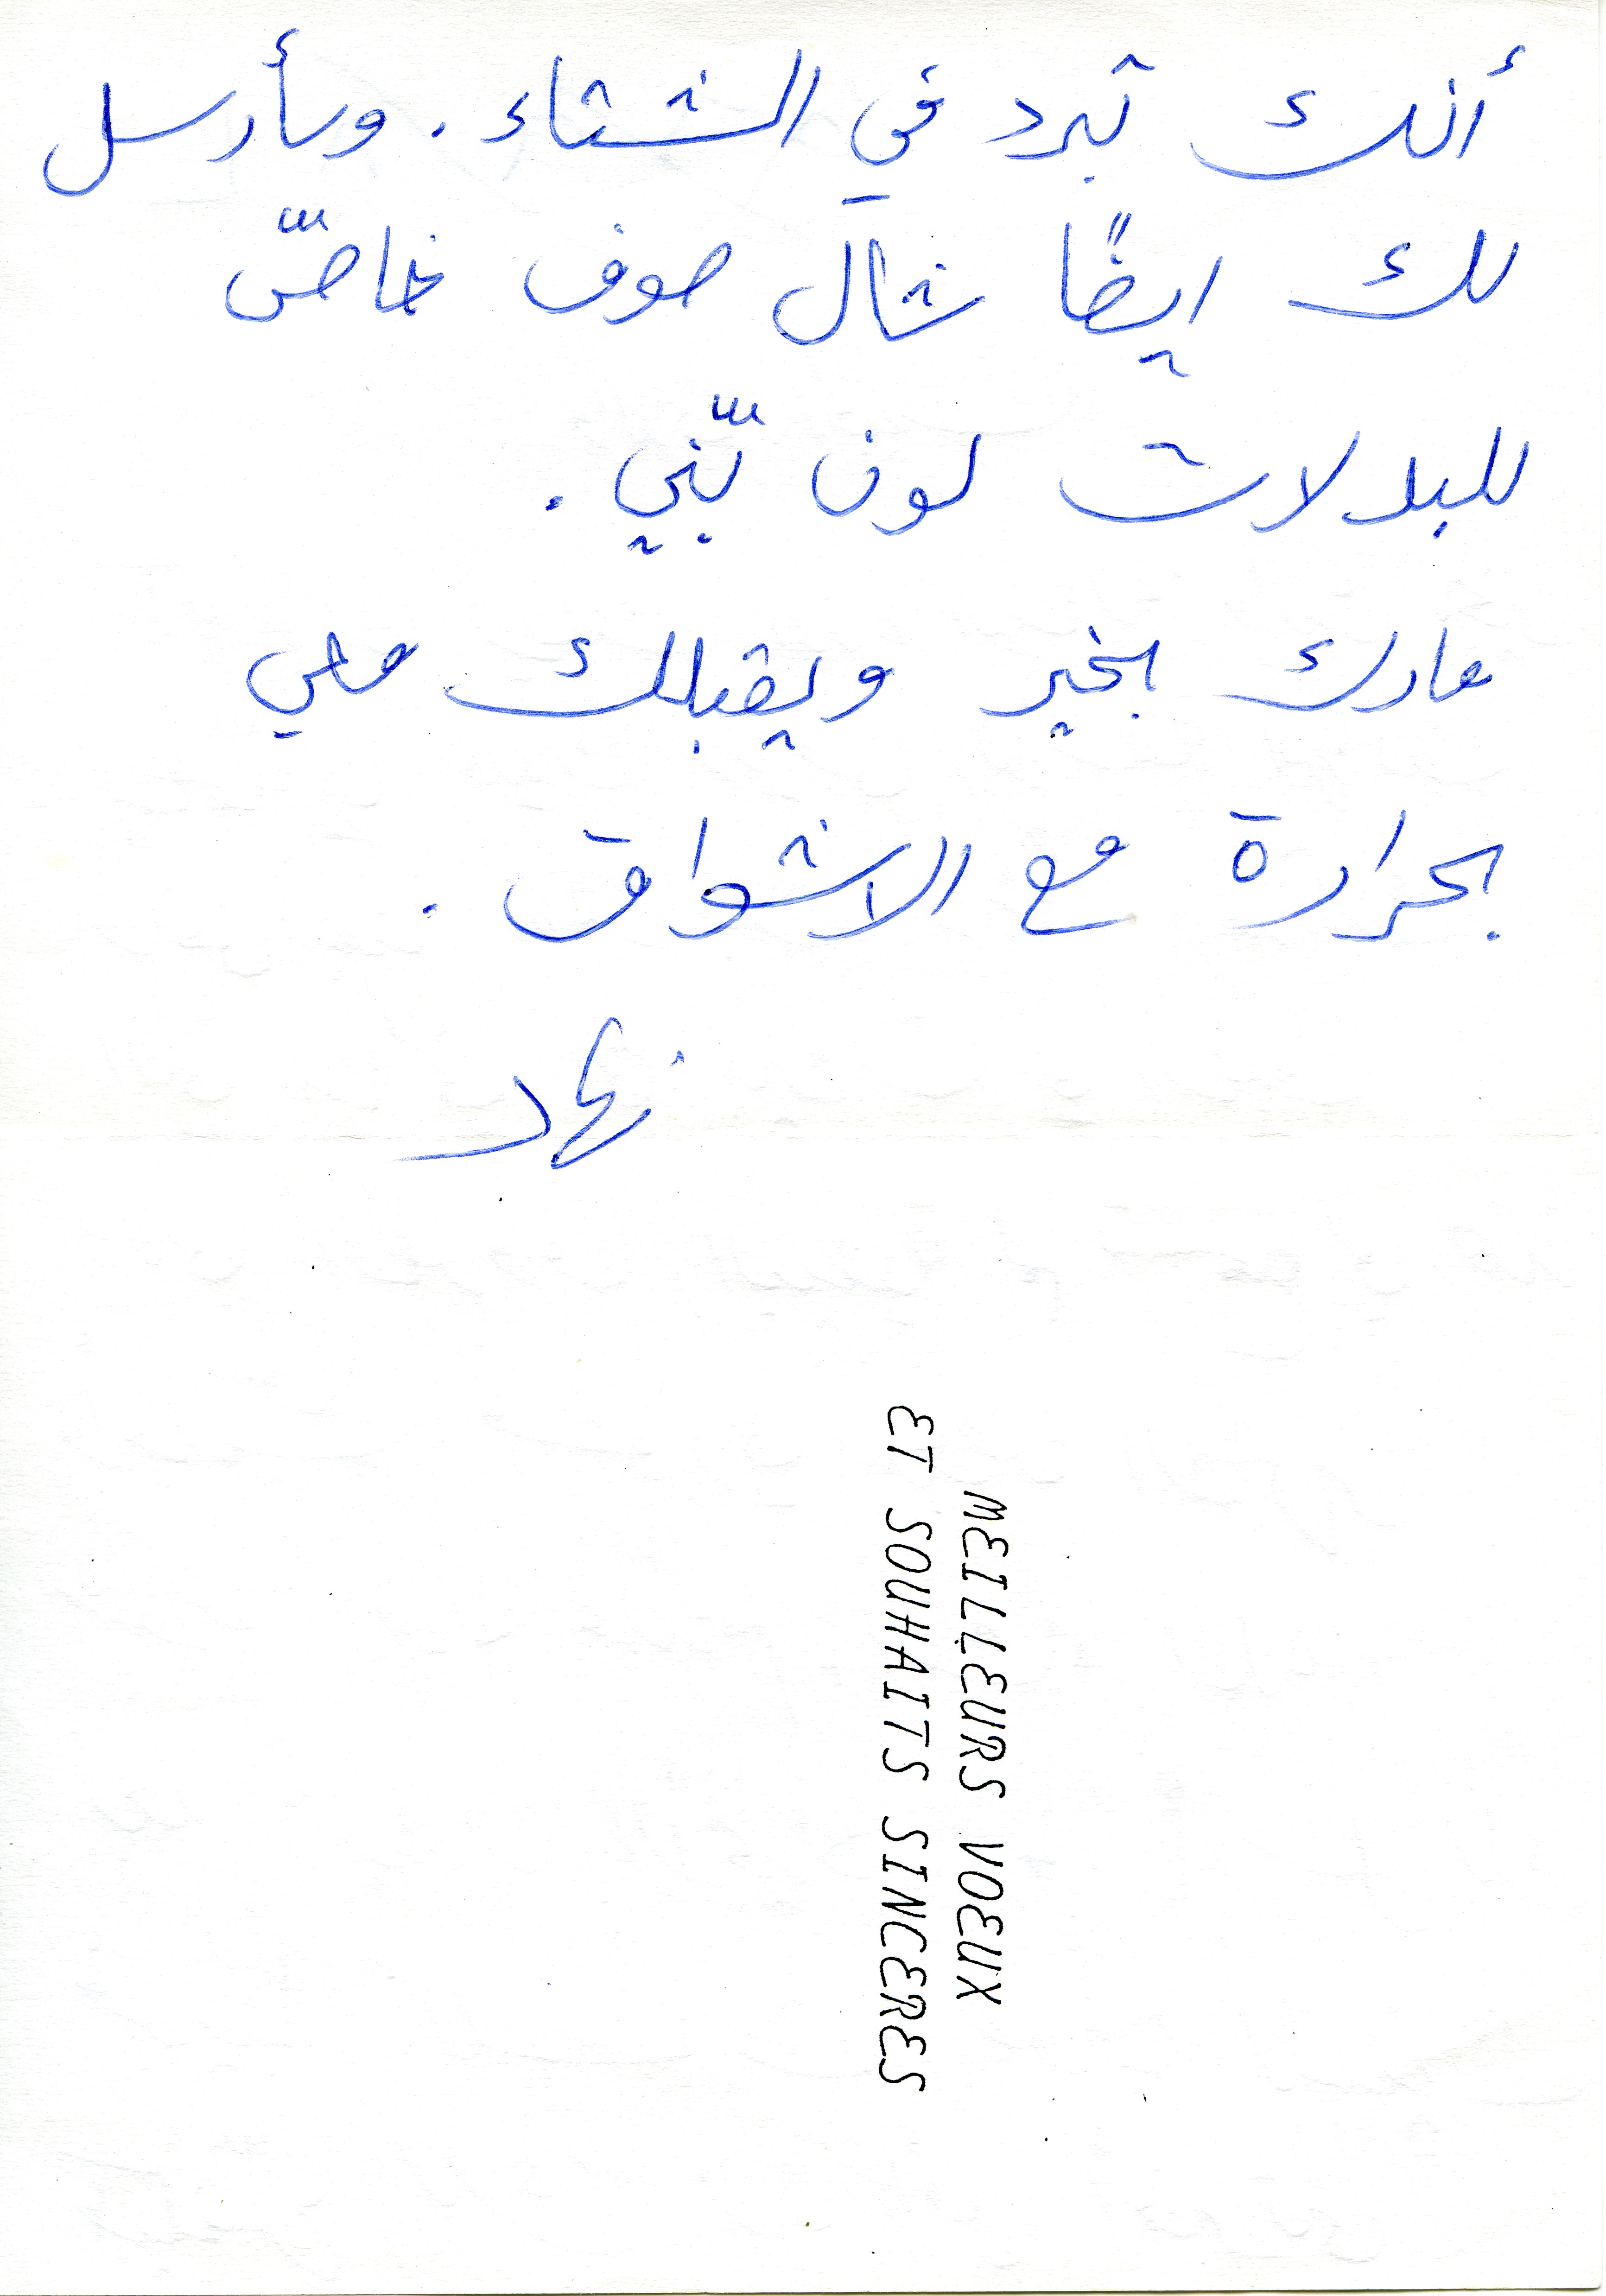
أنك تبرد في الشتاء. وسأرسل
لك ايضًا شال صوف خاصّ
للبدلات لون بنّي.
مارك بخير ويقبلك معي
بحرارة مع الاشواق.
Et SOUHAITS SINCERES
نهاد
Meilleurs Voeux